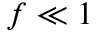
f \ll 1